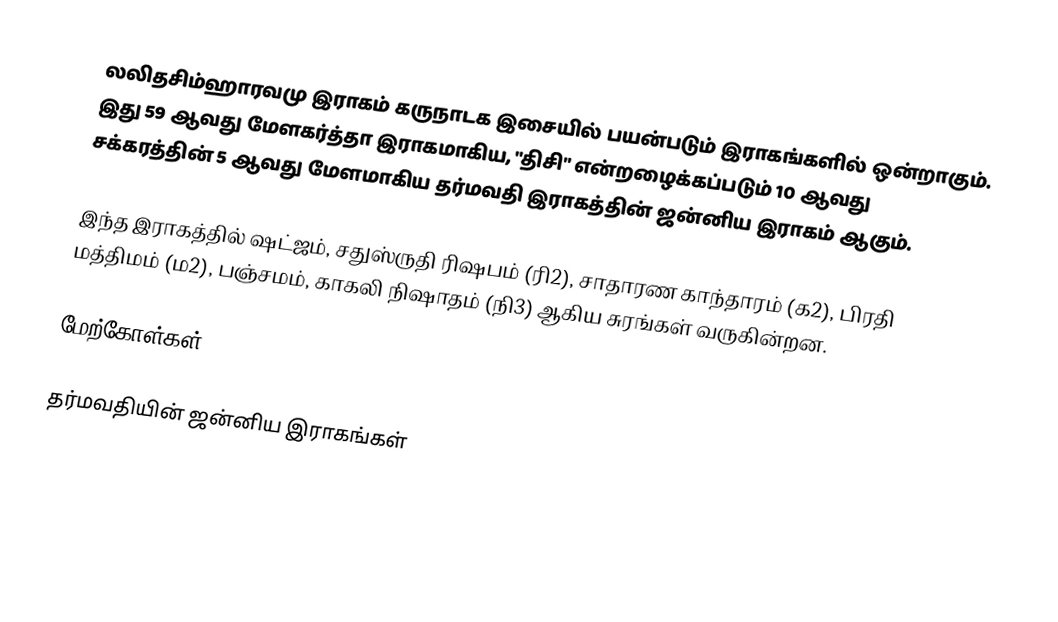
லலிதசிம்ஹாரவமு இராகம் கருநாடக இசையில் பயன்படும் இராகங்களில் ஒன்றாகும். இது 59 ஆவது மேளகர்த்தா இராகமாகிய, "திசி" என்றழைக்கப்படும் 10 ஆவது சக்கரத்தின் 5 ஆவது மேளமாகிய தர்மவதி இராகத்தின் ஜன்னிய இராகம் ஆகும்.

இந்த இராகத்தில் ஷட்ஜம், சதுஸ்ருதி ரிஷபம் (ரி2), சாதாரண காந்தாரம் (க2), பிரதி மத்திமம் (ம2), பஞ்சமம், காகலி நிஷாதம் (நி3) ஆகிய சுரங்கள் வருகின்றன.

மேற்கோள்கள்

தர்மவதியின் ஜன்னிய இராகங்கள்